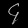
Digit: ၄